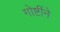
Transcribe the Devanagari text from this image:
गोष्टींने